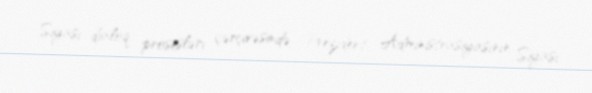
Siyasi dialoq prosesləri çərçivəsində Prezident Administrasiyasının Siyasi